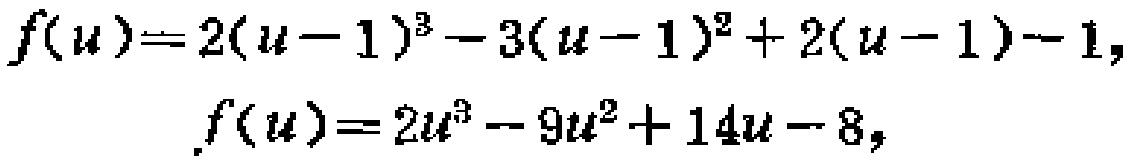
\[
\begin{align*}
f(u)&=2(u - 1)^3-3(u - 1)^2+2(u - 1)-1,\\
f(u)&=2u^3-9u^2 + 14u-8,
\end{align*}
\]